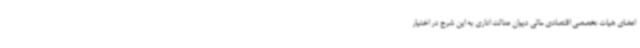
اعضای هیات تخصصی اقتصادی مالی دیوان عدالت اداری به این شرح در اختیار